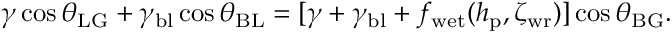
\gamma \cos \theta _ { \mathrm { L G } } + \gamma _ { \mathrm { b l } } \cos { \theta _ { \mathrm { B L } } } = [ \gamma + \gamma _ { \mathrm { b l } } + f _ { \mathrm { w e t } } ( h _ { \mathrm { p } } , \zeta _ { \mathrm { w r } } ) ] \cos \theta _ { \mathrm { B G } } .